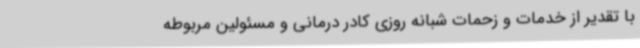
با تقدیر از خدمات و زحمات شبانه روزی کادر درمانی و مسئولین مربوطه